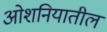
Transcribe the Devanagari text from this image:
ओशनियातील